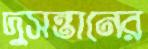
দুসন্তানের